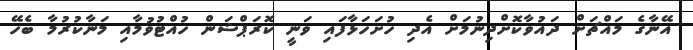
އޭނާގެ މައްޗަށް ދައުވާކޮށްދިނުމަށް އެދި ހުށަހަޅާފައި ވަނީ ކޮރަޕްޝަން ހުއްޓުވުމާއި މަނާކުރުމާ ބެހޭ